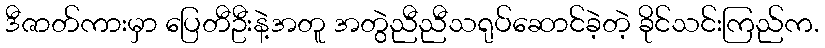
ဒီဇာတ်ကားမှာ ပြေတီဦးနဲ့အတူ အတွဲညီညီသရုပ်ဆောင်ခဲ့တဲ့ ခိုင်သင်းကြည်က.